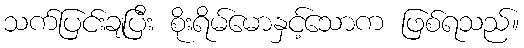
သက်ပြင်းချပြီး စိုးရိမ်မောနှင့်သောက ဖြစ်ရသည်။